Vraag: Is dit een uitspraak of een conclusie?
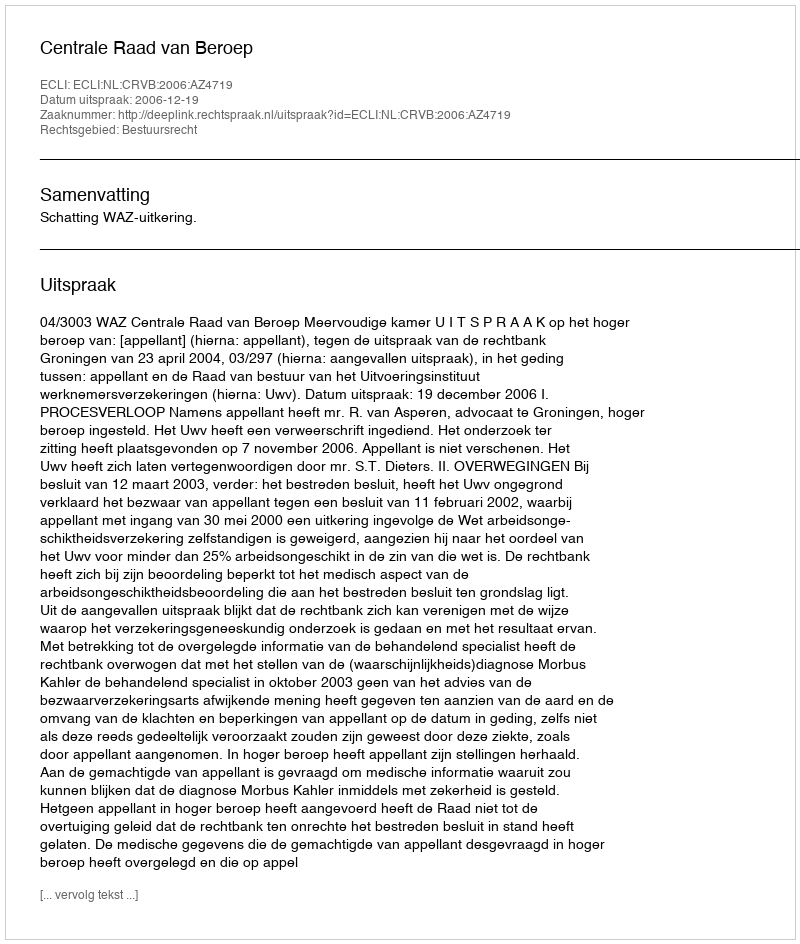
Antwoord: Uitspraak